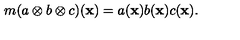
m ( a \otimes b \otimes c ) { ( { \bf x ) } } = a ( { \bf x } ) b ( { \bf x } ) c ( { \bf x } ) .